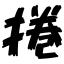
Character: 捲